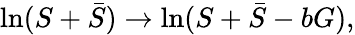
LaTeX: \ln(S+\bar{S})\rightarrow\ln(S+\bar{S}-bG),